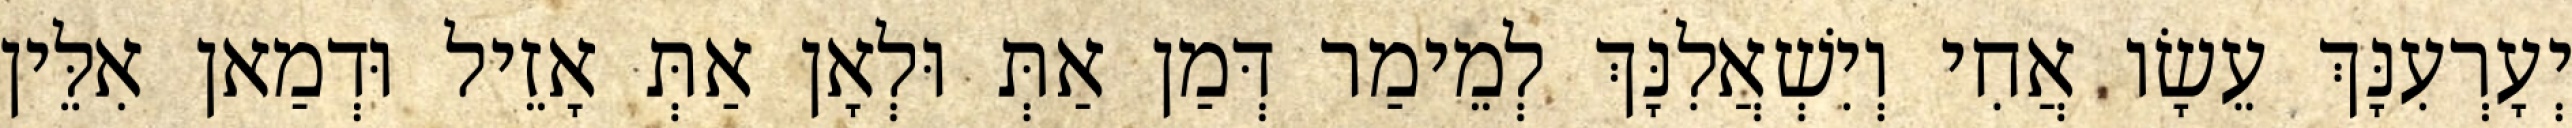
יְעָרְעִנָּךְ עֵשָׂו אֲחִי וְיִשְׁאֲלִנָּךְ לְמֵימַר דְּמַן אַתְּ וּלְאָן אַתְּ אָזֵיל וּדְמַאן אִלֵּין